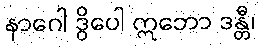
နာဂေါ ဒွိပေါ ဣဘော ဒန္တီ၊